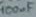
Text: 100µF